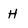
Character: H